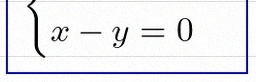
\begin{cases}x+y=2\\x-y=0\end{cases}